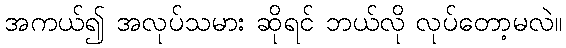
အကယ်၍ အလုပ်သမား ဆိုရင် ဘယ်လို လုပ်တော့မလဲ။